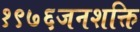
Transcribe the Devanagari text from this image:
१९७६जनशक्ति